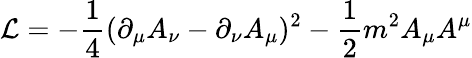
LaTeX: {\cal L}=-\frac{1}{4}(\partial_{\mu}A_{\nu}-\partial_{\nu}A_{\mu})^{2}-\frac{1}{2}m^{2}A_{\mu}A^{\mu}